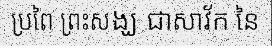
ប្រពៃ ព្រះសង្ឃ ជាសាវ័ក នៃ